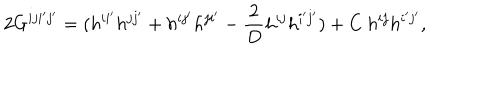
2 G ^ { i j i ^ { \prime } j ^ { \prime } } = ( h ^ { i i ^ { \prime } } h ^ { j j ^ { \prime } } + h ^ { i j ^ { \prime } } h ^ { j i ^ { \prime } } - \frac { 2 } { D } h ^ { i j } h ^ { i ^ { \prime } j ^ { \prime } } ) + C ~ h ^ { i j } h ^ { i ^ { \prime } j ^ { \prime } } ,